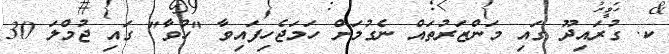
ކ. ގުރައިދޫ ގައި މަންޒަރުތައް ނެގުމަށް ހަމަޖެހިފައިވާ "ހުވާ" ގައި ޖުމްލަ 30